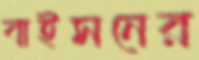
বাইসনের